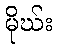
မိုဃ်း